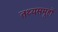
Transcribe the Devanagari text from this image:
तथ्यसमूहों